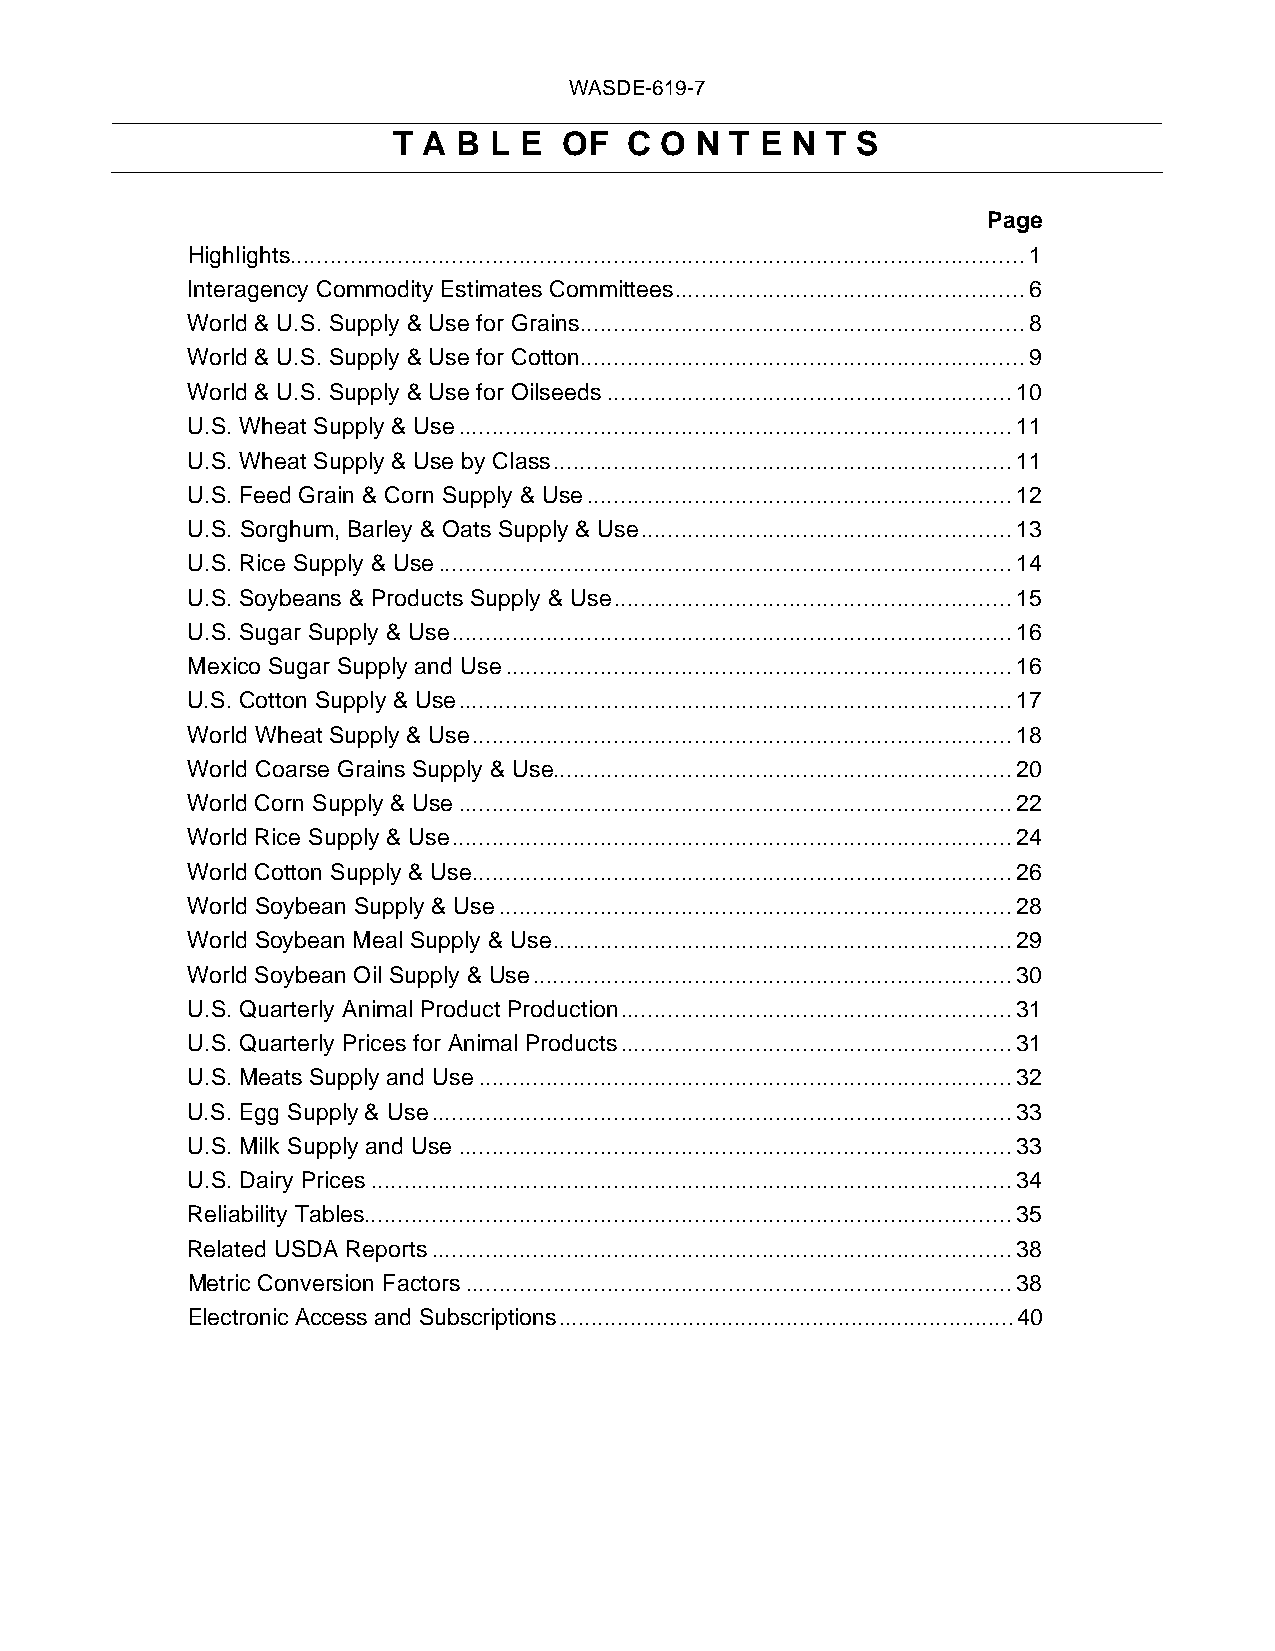
WASDE-619-7
 T A B L E  OF   C O N T E N  T S
 Page
 Highlights............................................................................................................. 1
 Interagency Commodity Estimates Committees .................................................... 6
 World & U.S. Supply & Use for Grains .................................................................. 8
 World & U.S. Supply & Use for Cotton .................................................................. 9
 World & U.S. Supply & Use for Oilseeds ............................................................ 10
 U.S. Wheat Supply & Use .................................................................................. 11
 U.S. Wheat Supply & Use by Class .................................................................... 11
 U.S. Feed Grain & Corn Supply & Use ............................................................... 12
 U.S. Sorghum, Barley & Oats Supply & Use ....................................................... 13
 U.S. Rice Supply & Use ..................................................................................... 14
 U.S. Soybeans & Products Supply & Use ........................................................... 15
 U.S. Sugar Supply & Use ................................................................................... 16
 Mexico Sugar Supply and Use ........................................................................... 16
 U.S. Cotton Supply & Use .................................................................................. 17
 World Wheat Supply & Use ................................................................................ 18
 World Coarse Grains Supply & Use.................................................................... 20
 World Corn Supply & Use .................................................................................. 22
 World Rice Supply & Use ................................................................................... 24
 World Cotton Supply & Use ................................................................................ 26
 World Soybean Supply & Use ............................................................................ 28
 World Soybean Meal Supply & Use .................................................................... 29
 World Soybean Oil Supply & Use ....................................................................... 30
 U.S. Quarterly Animal Product Production .......................................................... 31
 U.S. Quarterly Prices for Animal Products .......................................................... 31
 U.S. Meats Supply and Use ............................................................................... 32
 U.S. Egg Supply & Use ...................................................................................... 33
 U.S. Milk Supply and Use .................................................................................. 33
 U.S. Dairy Prices ............................................................................................... 34
 Reliability Tables................................................................................................ 35
 Related USDA Reports ...................................................................................... 38
 Metric Conversion Factors ................................................................................. 38
 Electronic Access and Subscriptions ...................................................................... 40